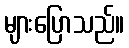
များပြောသည်။